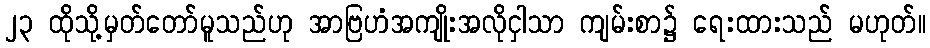
၂၃ ထိုသို့မှတ်တော်မူသည်ဟု အာဗြဟံအကျိုးအလိုငှါသာ ကျမ်းစာ၌ ရေးထားသည် မဟုတ်။